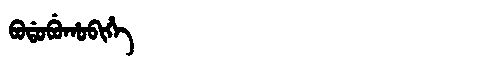
Manchu: ᠪᠣᡩᠣᠪᡠᡥᠣᠪᡳᡥᡝ
Romanization: BODOBUHOBIHE